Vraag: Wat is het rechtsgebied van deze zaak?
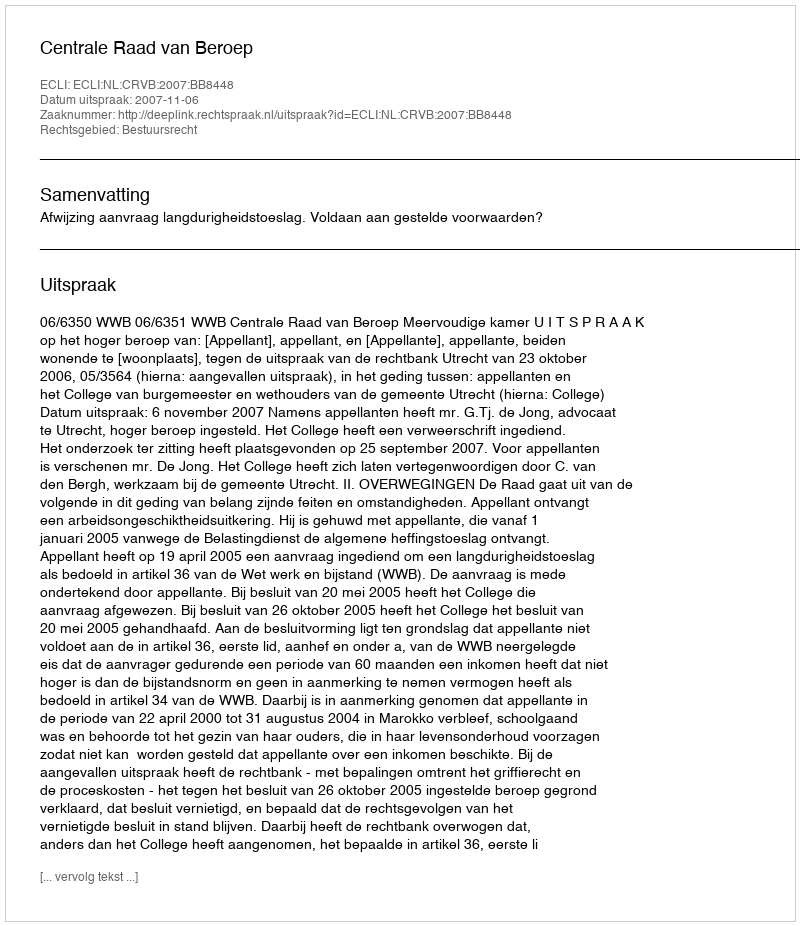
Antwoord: Bestuursrecht